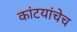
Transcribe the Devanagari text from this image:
कांटयांचेच